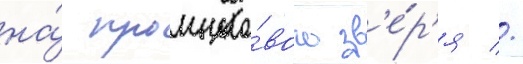
на́ промысло́вого зв'е́р'я //